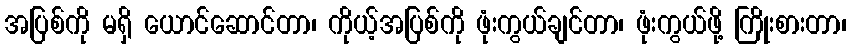
အပြစ်ကို မရှိ ယောင်ဆောင်တာ၊ ကိုယ့်အပြစ်ကို ဖုံးကွယ်ချင်တာ၊ ဖုံးကွယ်ဖို့ ကြိုးစားတာ၊